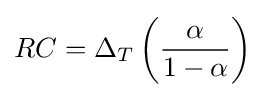
RC=\Delta _{T}\left({\frac {\alpha }{1-\alpha }}\right)